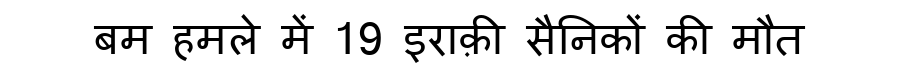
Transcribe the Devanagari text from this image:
बम हमले में 19 इराक़ी सैनिकों की मौत